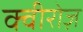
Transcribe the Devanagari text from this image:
क्वीरोज़